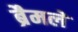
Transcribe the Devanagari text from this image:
ब्रैमले